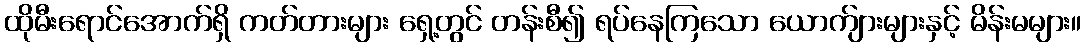
ထိုမီးရောင်အောက်ရှိ ကတ်တားများ ရှေ့တွင် တန်းစီ၍ ရပ်နေကြသော ယောက်ျားများနှင့် မိန်းမများ။